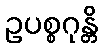
ဥပစ္စဂုန္တိ